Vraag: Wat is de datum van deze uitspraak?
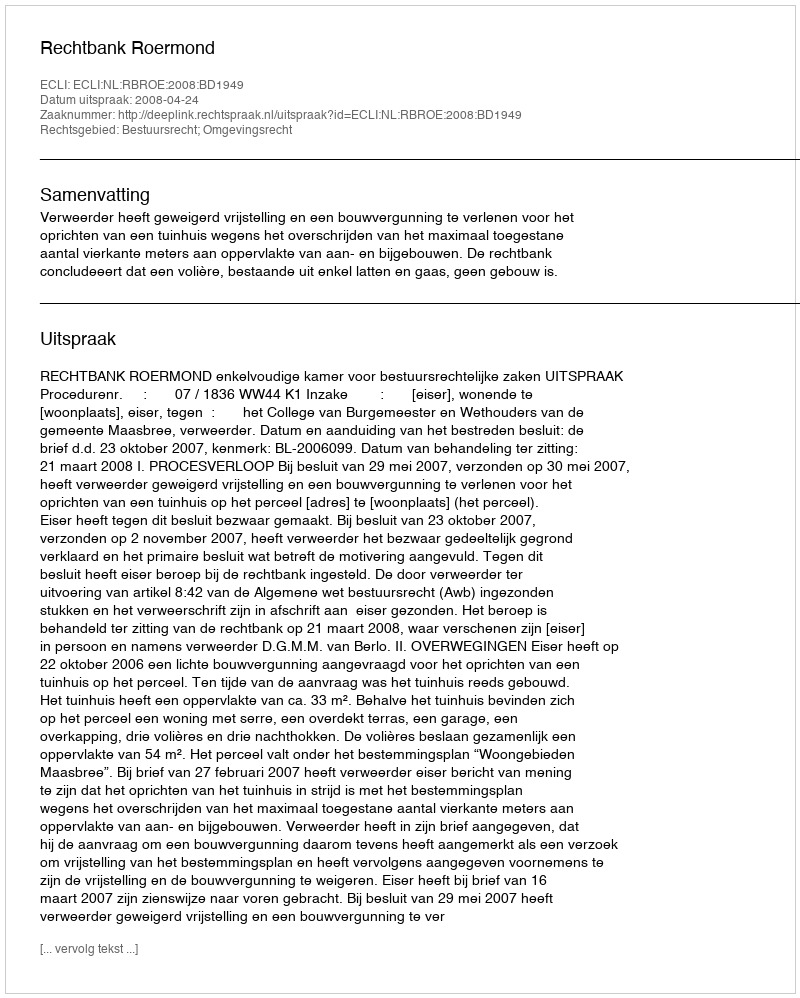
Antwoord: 2008-04-24